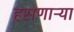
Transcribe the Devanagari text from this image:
हसणाऱ्या